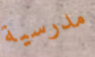
مدرسية